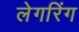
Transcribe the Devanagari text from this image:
लेगरिंग